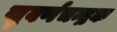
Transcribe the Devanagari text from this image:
सुवर्णचन्द्रक